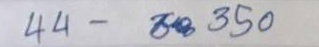
44 - 350